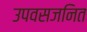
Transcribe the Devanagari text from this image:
उपवसजनित